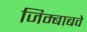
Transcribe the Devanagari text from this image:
जिम्बाबवे